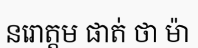
នរោត្តម ផាត់ ថា ម៉ា